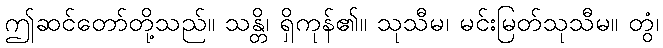
ဤဆင်တော်တို့သည်။ သန္တိ၊ ရှိကုန်၏။ သုသီမ၊ မင်းမြတ်သုသီမ။ တွံ၊